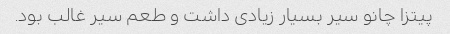
پیتزا چانو سیر بسیار زیادی داشت و طعم سیر غالب بود.